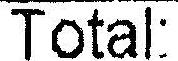
TOTAL: